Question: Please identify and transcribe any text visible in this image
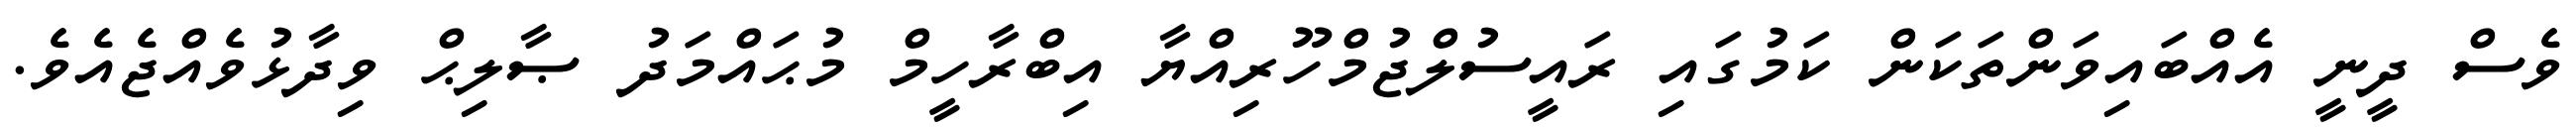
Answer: ވެސް ދީނީ އެއްބައިވަންތަކަން ކަމުގައި ރައީސުލްޖުމްހޫރިއްޔާ އިބްރާހީމް މުޙައްމަދު ޞާލިޙް ވިދާޅުވެއްޖެއެވެ.